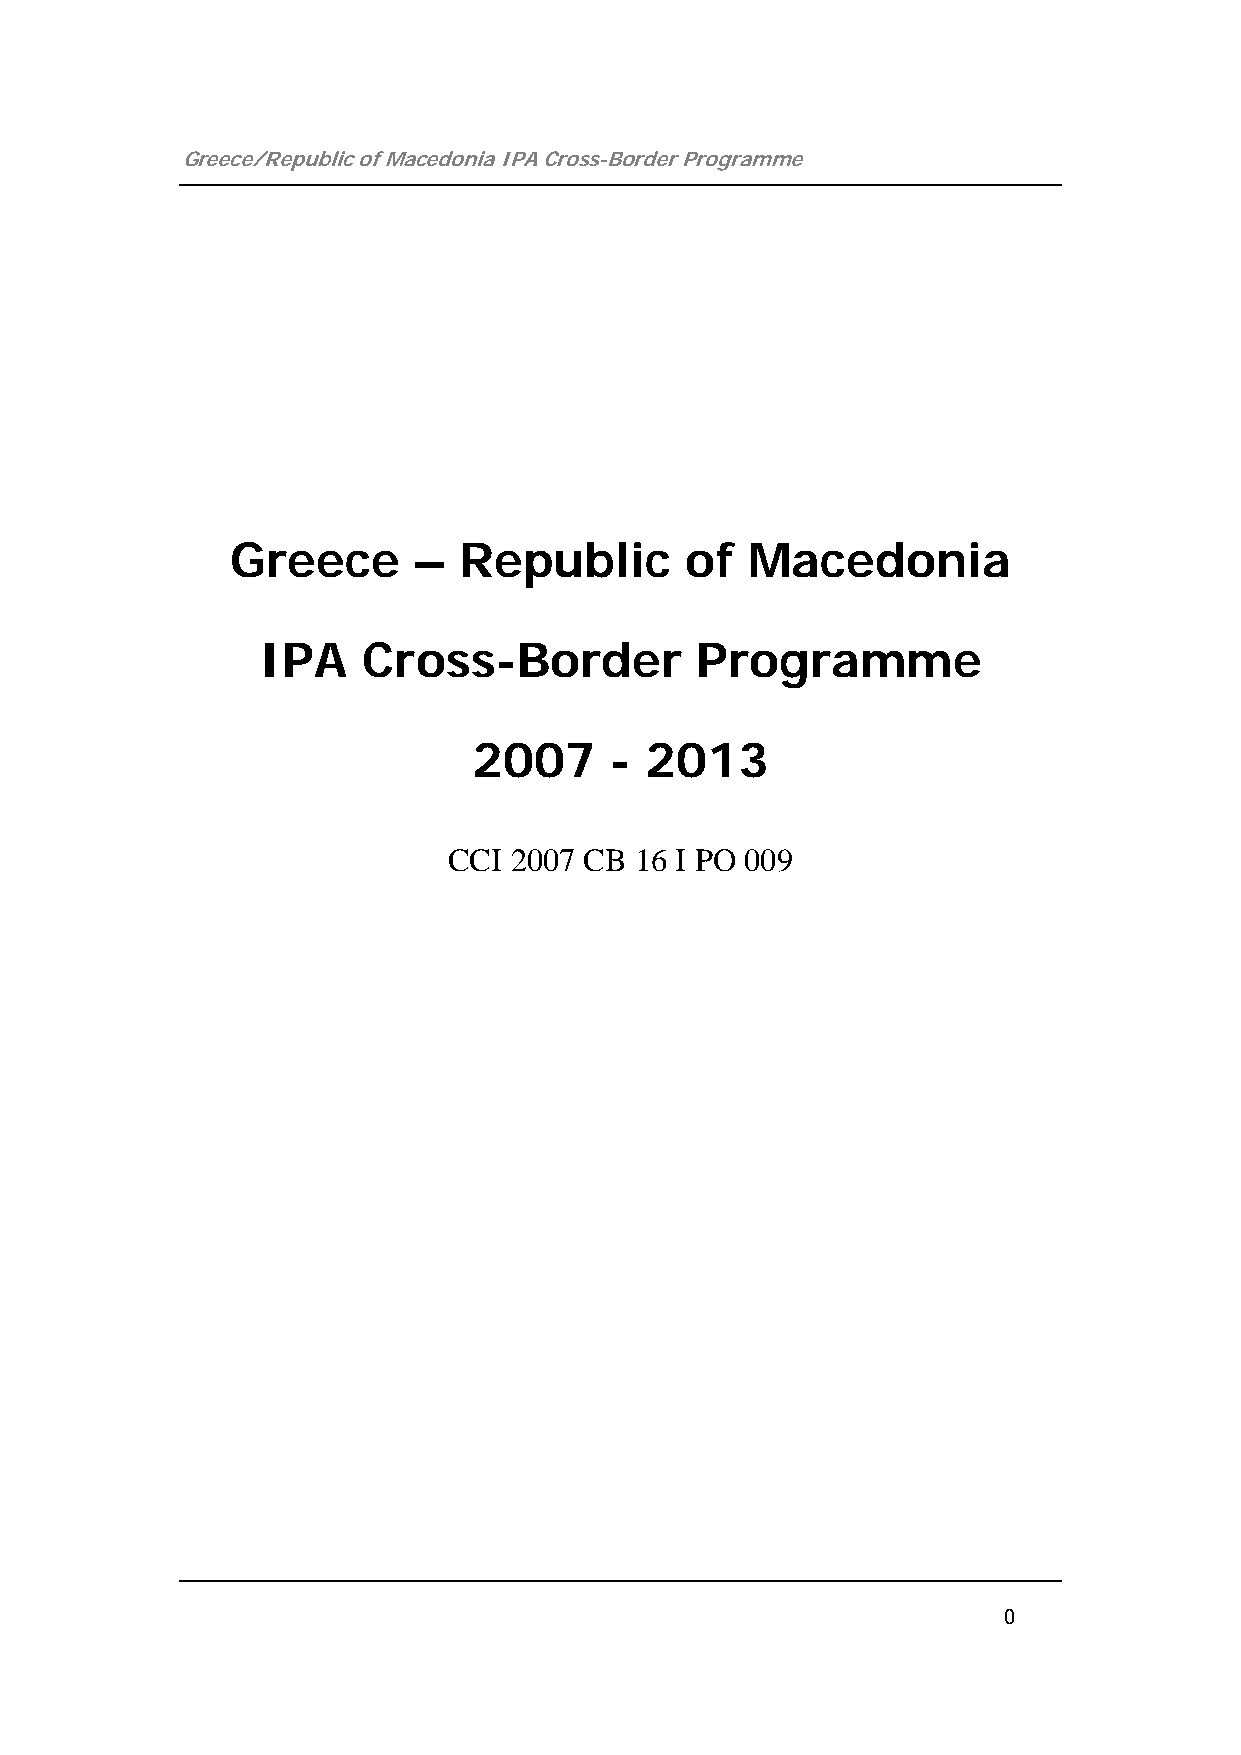
Greece/Republic of Macedonia IPA Cross-Border Programme
 Greece      –  Republic       of  Macedonia
 IPA    Cross-Border          Programme
 2007     -  2013
 CCI 2007 CB 16 I PO 009
 0